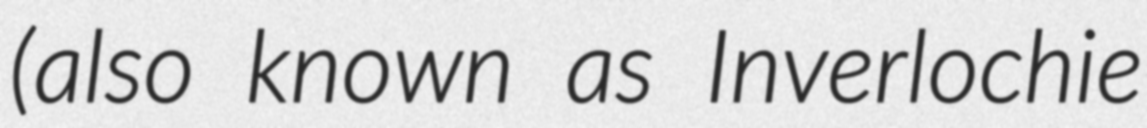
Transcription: (also known as Inverlochie